Leaving Certificate Examination (including Day School Certificate (Higher) General paper), 1927
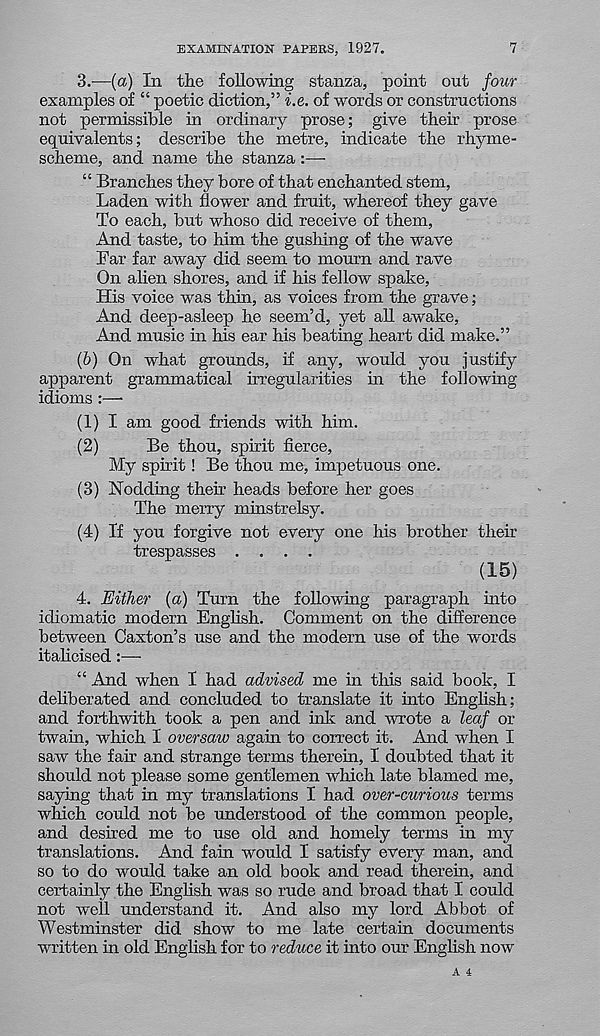
EXAMINATION PAPERS, 1927.
7
3.—(a) In the following stanza, point out four
examples of “ poetic diction,” i.e. of words or constructions
not permissible in ordinary prose; give their prose
equivalents; describe the metre, indicate the rhyme-
scheme, and name the stanza
“ Branches they bore of that enchanted stem,
Laden with flower and fruit, whereof they gave
To each, but whoso did receive of them,
And taste, to him the gushing of the wave
Far far away did seem to mourn and rave
On alien shores, and if his fellow spake,
His voice was thin, as voices from the grave;
And deep-asleep he seem’d, yet all awake,
And music in his ear his beating heart did make.”
(b) On what grounds, if any, would you justify
apparent grammatical irregularities in the following
idioms :—•
(1) I am good friends with him.
(2)
Be thou, spirit fierce,
My spirit! Be thou me, impetuous one.
(3) Nodding their heads before her goes
The merry minstrelsy.
(4) If you forgive not every one his brother their
trespasses ....
(15)
4. Either {a) Turn the following paragraph into
idiomatic modern English. Comment on the difference
between Caxton’s use and the modern use of the words
italicised:—
“ And when I had advised me in this said book, I
deliberated and concluded to translate it into English;
and forthwith took a pen and ink and wrote a leaf or
twain, which I oversaw again to correct it. And when I
saw the fair and strange terms therein, I doubted that it
should not please some gentlemen which late blamed me,
saying that in my translations I had over-curious terms
which could not be understood of the common people,
and desired me to use old and homely terms in my
translations. And fain would I satisfy every man, and
so to do would take an old book and read therein, and
certainly the English was so rude and broad that I could
not well understand it. And also my lord Abbot of
Westminster did show to me late certain documents
written in old English for to reduce it into our English now